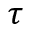
\tau